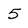
Character: 5